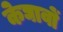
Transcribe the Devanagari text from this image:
केघावों